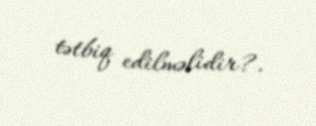
tətbiq edilməlidir?.